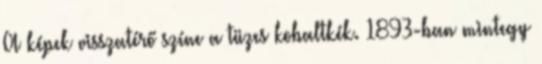
A képek visszatérő színe a tüzes kobaltkék. 1893-ban mintegy